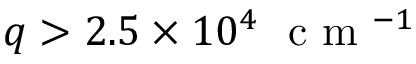
q > 2 . 5 \times 1 0 ^ { 4 } ~ \mathrm { ~ c ~ m ~ } ^ { - 1 }